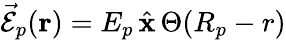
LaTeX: \vec{\mathcal{E}}_{p}({\mathbf r})=E_{p}\, \hat{\mathbf x}\, \Theta(R_{p}-r)